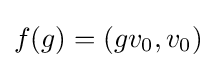
\displaystyle {f(g)=(gv_{0},v_{0})}